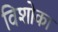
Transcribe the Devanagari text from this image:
विशोका